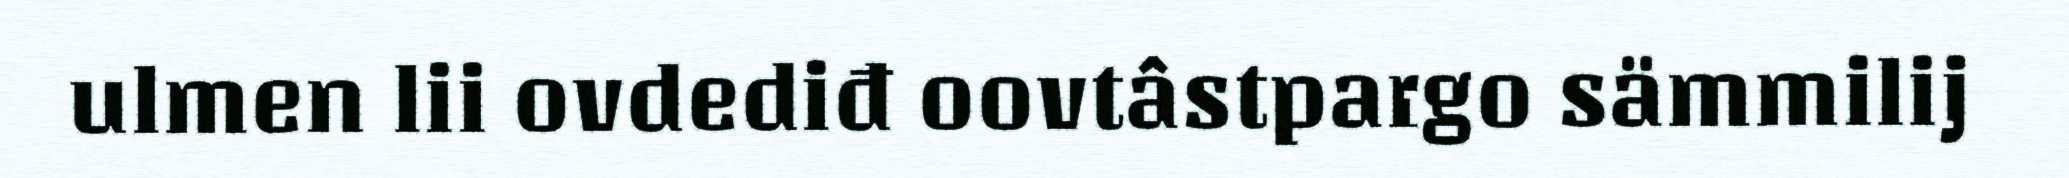
ulmen lii ovdediđ oovtâstpargo sämmilij